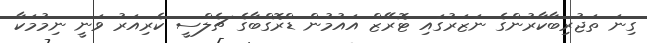
ގިނަ ތަޖުރިބާކާރުންގެ ނަޒަރުގައި ޓޮރޭޒް އައުމުން ޑްރޮގްބާގެ ޗެލްސީ ކެރިއަރު ވަނީ ނިމުމަކާ